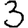
Digit: 3